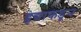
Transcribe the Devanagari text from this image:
हृद्याकडून